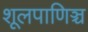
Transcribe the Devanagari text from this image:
शूलपाणिञ्च